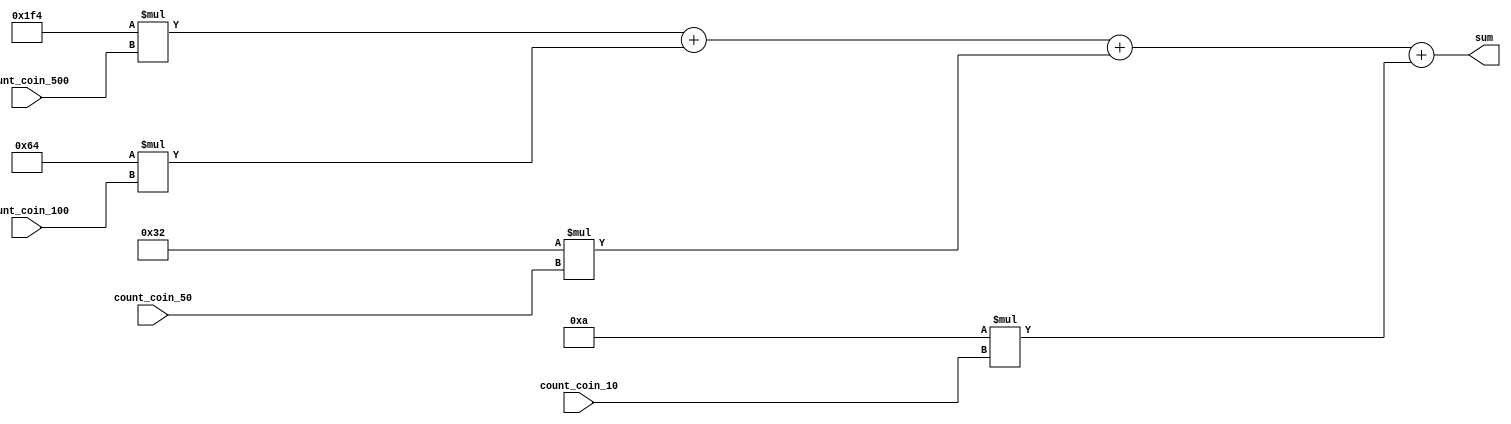
`timescale 1ns / 1ps

module coin_adder(
    input [13:0] count_coin_500,
    input [13:0] count_coin_100,
    input [13:0] count_coin_50,
    input [13:0] count_coin_10,
    output [22:0] sum
    );
    
    assign sum = 500 * count_coin_500 + 100 * count_coin_100 + 50 * count_coin_50 + 10 * count_coin_10;
endmodule